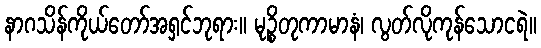
နာဂသိန်ကိုယ်တော်အရှင်ဘုရား။ မုဉ္စိတုကာမာနံ၊ လွတ်လိုကုန်သောငရဲ။